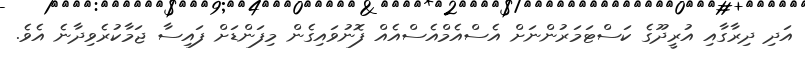
އަދި ދިރާގާއި އުރީދޫގެ ކަސްޓަމަރުންނަށް އެސްއެމްއެސްއެއް ފޮނުވައިގެން މިފަންޑަށް ފައިސާ ޖަމާކުރެވިދާނެ އެވެ.